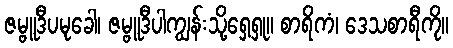
ဇမ္ဗူဒီပမုခေါ၊ ဇမ္ဗူဒီပါကျွန်းသို့ရှေ့ရှု။ စာရိကံ၊ ဒေသစာရီကို။